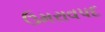
ઉમરાવપદ